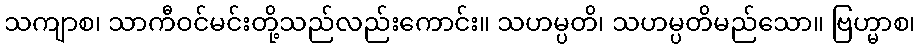
သကျာစ၊ သာကီဝင်မင်းတို့သည်လည်းကောင်း။ သဟမ္ပတိ၊ သဟမ္ပတိမည်သော။ ဗြဟ္မာစ၊